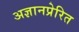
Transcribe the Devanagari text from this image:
अज्ञानप्रेरित